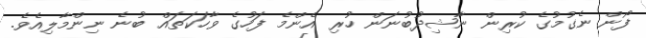
ފޯން ނެގުމުގެ ކުރިން ނާޝިދުބުނަން ހުރި އެންމެ ފަހުގެ ވާހަކަތައް ބުނެ ނިންމާލިއެވެ.